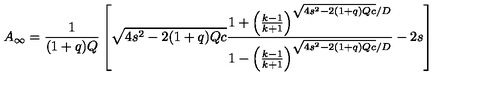
A _ { \infty } = \frac { 1 } { ( 1 + q ) Q } \left[ \sqrt { 4 s ^ { 2 } - 2 ( 1 + q ) Q c } \frac { 1 + \left( \frac { k - 1 } { k + 1 } \right) ^ { \sqrt { 4 s ^ { 2 } - 2 ( 1 + q ) Q c } / D } } { 1 - \left( \frac { k - 1 } { k + 1 } \right) ^ { \sqrt { 4 s ^ { 2 } - 2 ( 1 + q ) Q c } / D } } - 2 s \right]